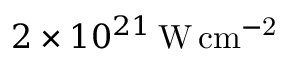
2 \times 1 0 ^ { 2 1 } \, \mathrm { W \, c m ^ { - 2 } }